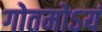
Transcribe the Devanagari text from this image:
गोतमोऽयं